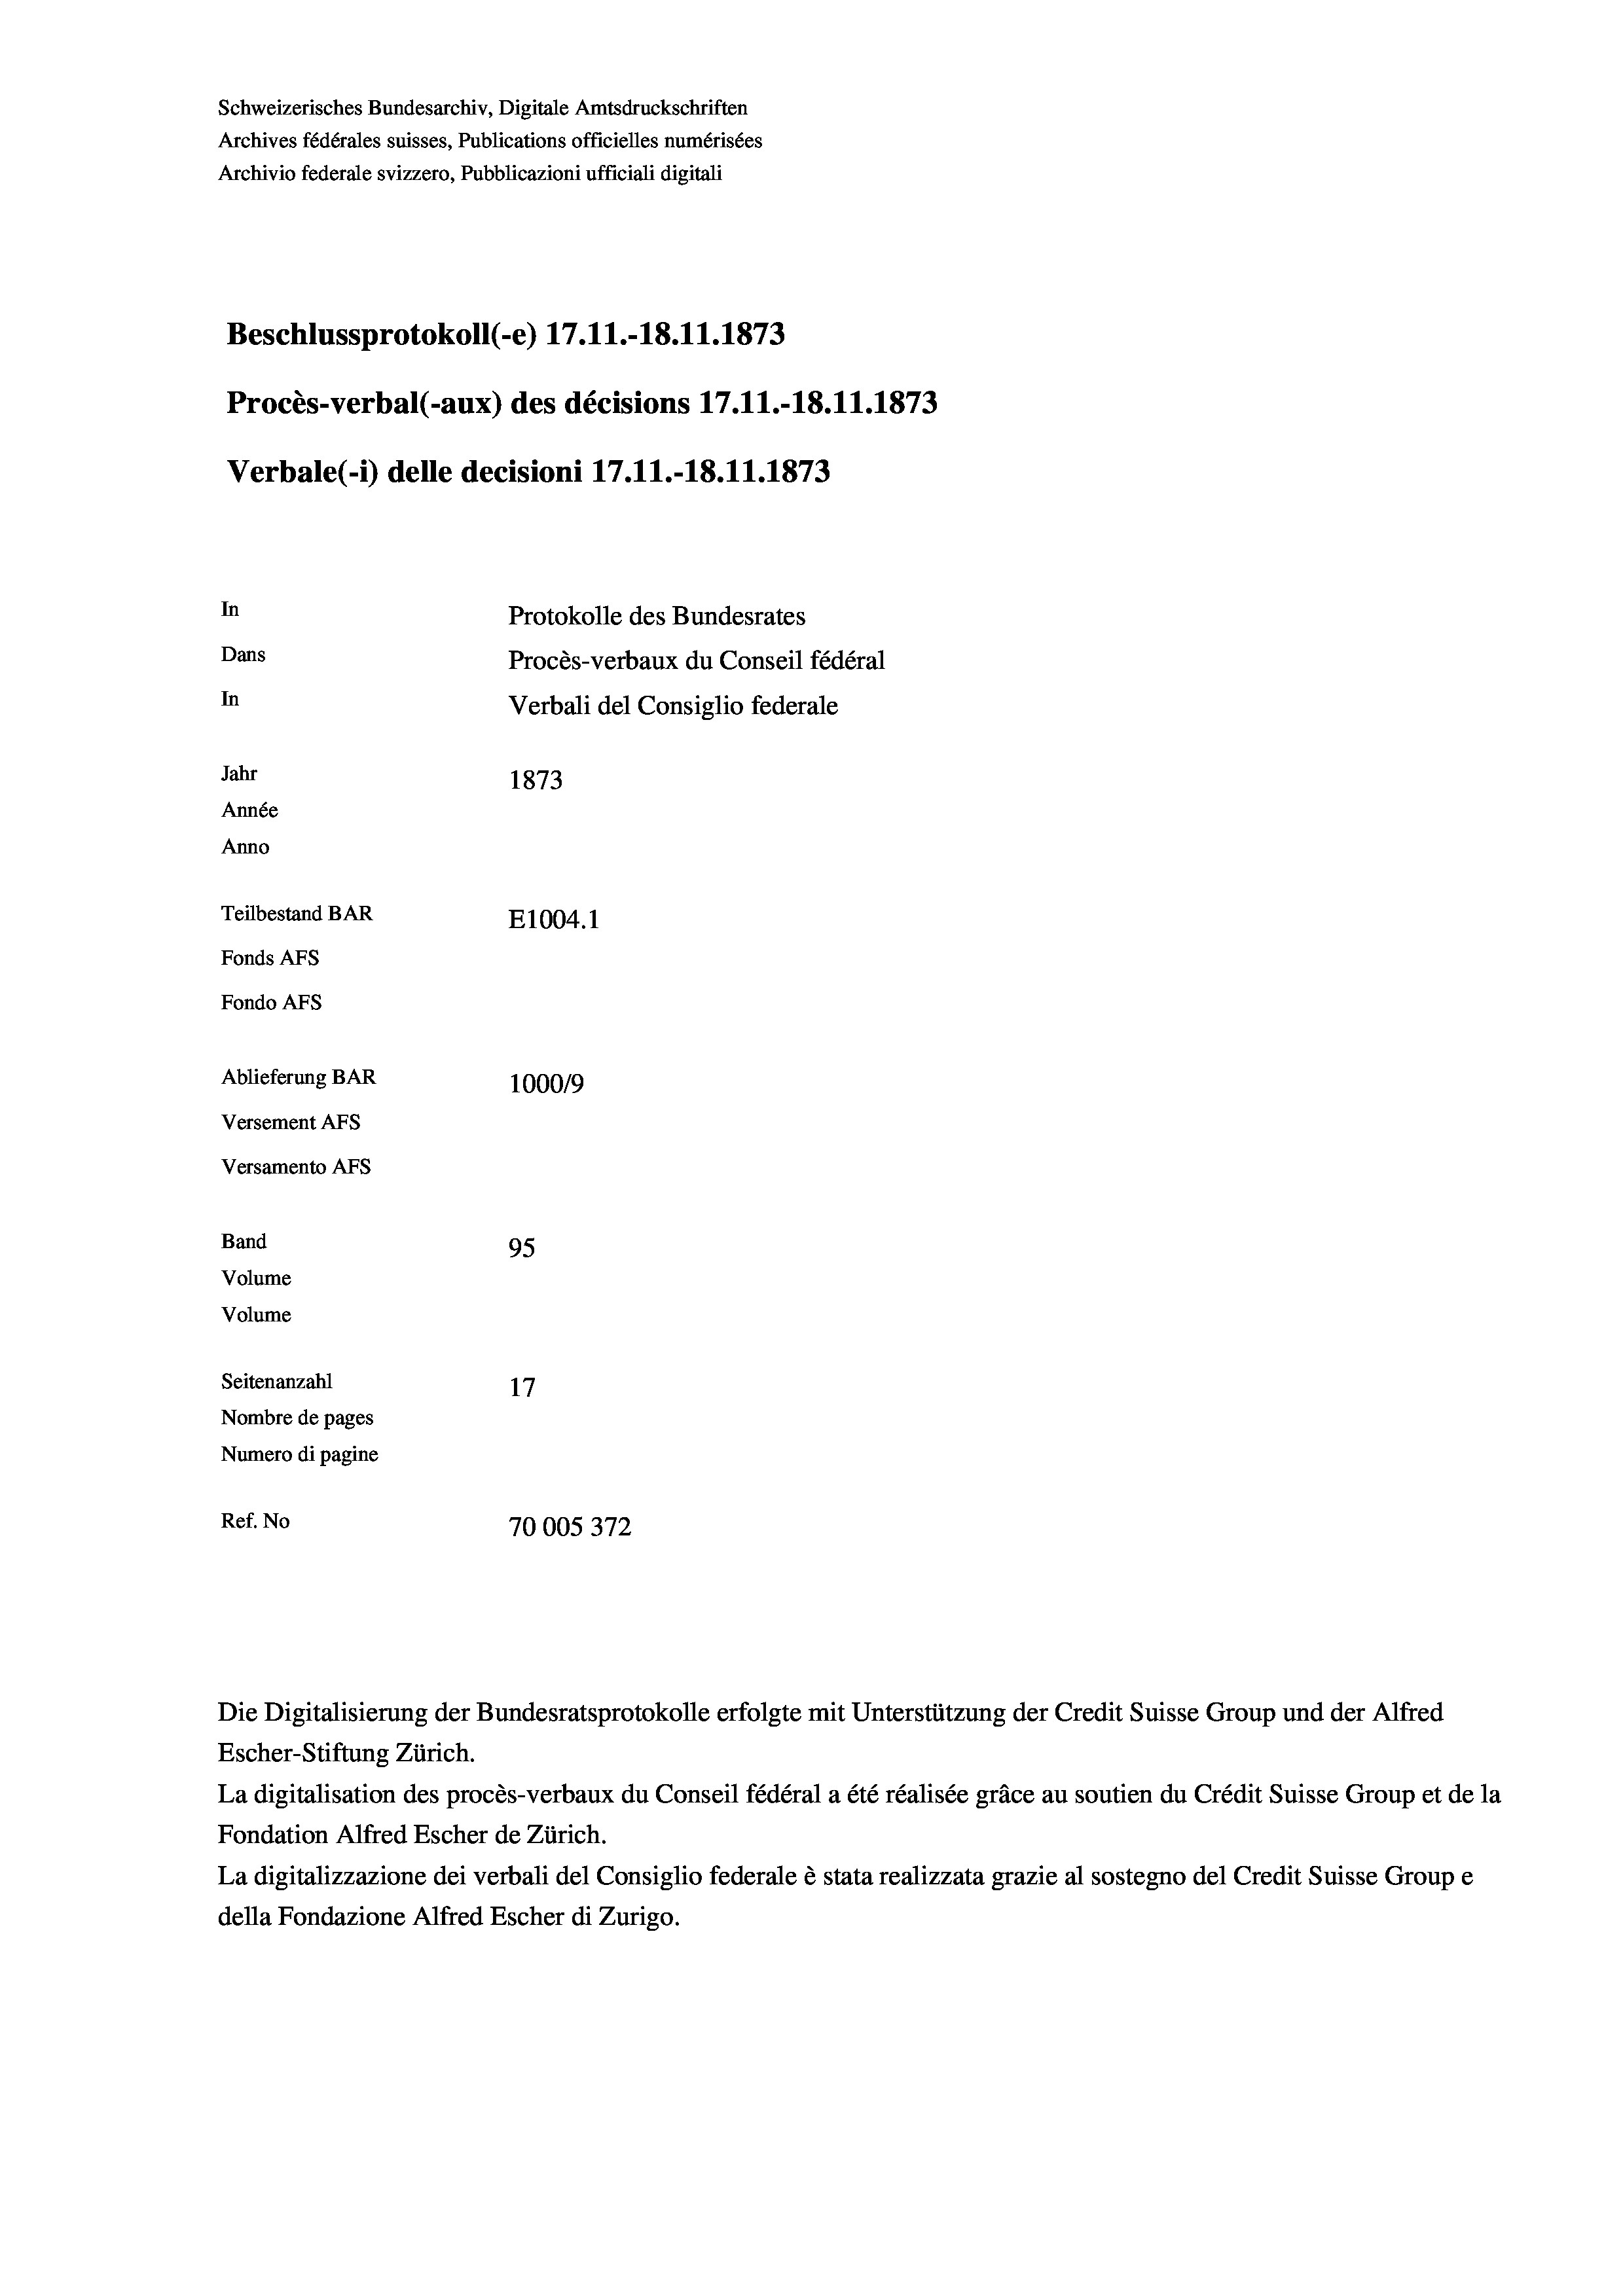
Schweizerisches Bundesarchiv, Digitale Amtsdruckschriften
Archives fédérales suisses, Publications officielles numérisées
Archivio federale svizzero, Pubblicazioni ufficiali digitali
Beschlussprotokoll (-e) 17. 11.-18.11.1873
Procès-verbal (-aux) des décisions 17.11.-18.11.1873
Verbale (- 1) delle decisioni 17. 11.-18.11.1873
In
Protokolle des Bundesrates
Dans
Procès-verbaux du Conseil fédéral
In
Verbali del Consiglio federale
Jahr
1873
Année
Anno
Teilbestand BAR
E1004.1
Fonds Afs
Fondo AFs
Ablieferung BAR
100019
Versement AFs
Versamento AFs
Band
95
Volume
Volume
Seitenanzahl
17
Nombre de pages
Numero di pagine
Ref. No
70005372

Escher-Stiftung Zürich.
La digitalisation des procès-verbaux du Conseil fédéral a été réalisée gräce au soutien du Crédit Suisse Group et de la
Fondation Alfred Escher de Zürich.
La digitalizzazione dei verbali del Consiglio federale è stata realizzata grazie al sostegno del Credit Suisse Groupe
della Fondazione Alfred Escher di Zurigo.

Die Digitalisierung der Bundesratsprotokolle erfolgte mit Unterstützung der Credit Suisse Group und der Alfred